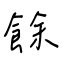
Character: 餘